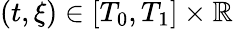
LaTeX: (t,\xi)\in[T_{0},T_{1}]\times\mathbb{R}